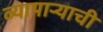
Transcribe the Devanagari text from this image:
व्यापार्‍याची